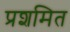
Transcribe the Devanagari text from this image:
प्रशमित